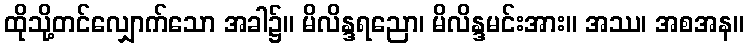
ထိုသို့တင်လျှောက်သော အခါ၌။ မိလိန္ဒရညော၊ မိလိန္ဒမင်းအား။ အဿ၊ အစအန။